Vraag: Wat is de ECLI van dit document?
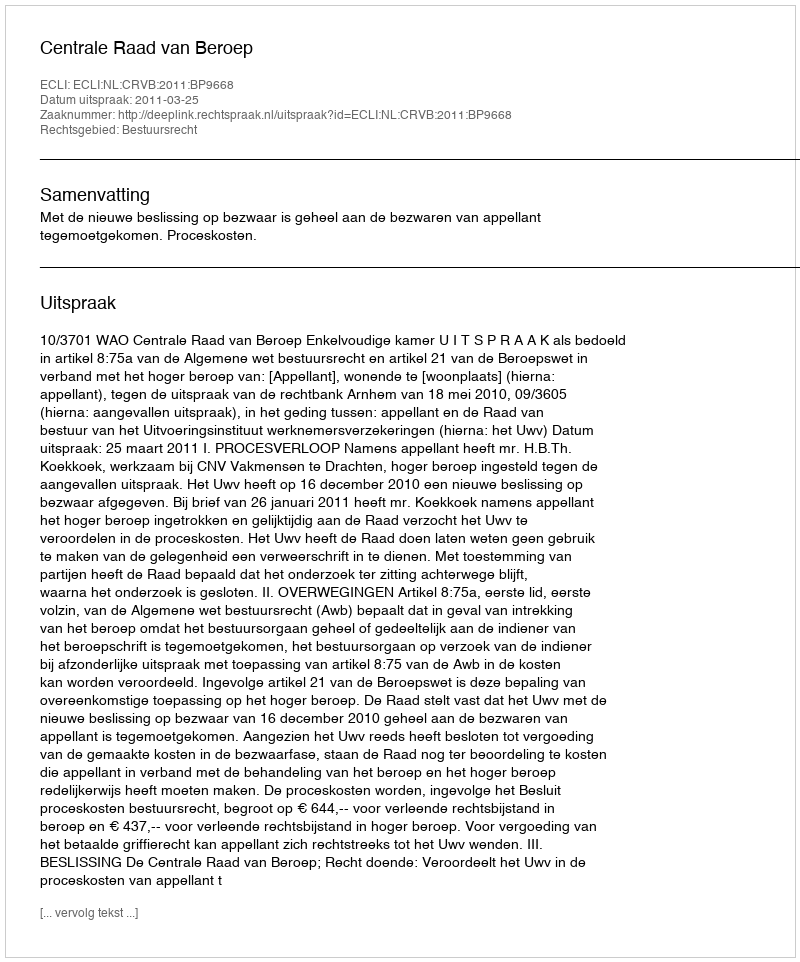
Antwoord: ECLI:NL:CRVB:2011:BP9668